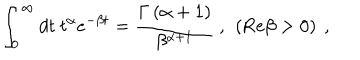
\int _ { 0 } ^ { \infty } d t \ t ^ { \alpha } e ^ { - \beta t } = { \frac { \Gamma \left( \alpha + 1 \right) } { \beta ^ { \alpha + 1 } } } \ , \ \left( \mathrm { R e } \beta > 0 \right) \ ,